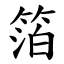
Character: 箔